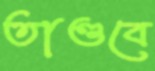
তাণ্ডবে